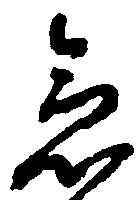
急